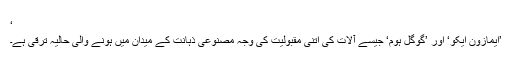
‘
’ایمازون ایکو‘ اور ’گوگل ہوم‘ جیسے آلات کی اتنی مقبولیت کی وجہ مصنوعی ذہانت کے میدان میں ہونے والی حالیہ ترقی ہے۔